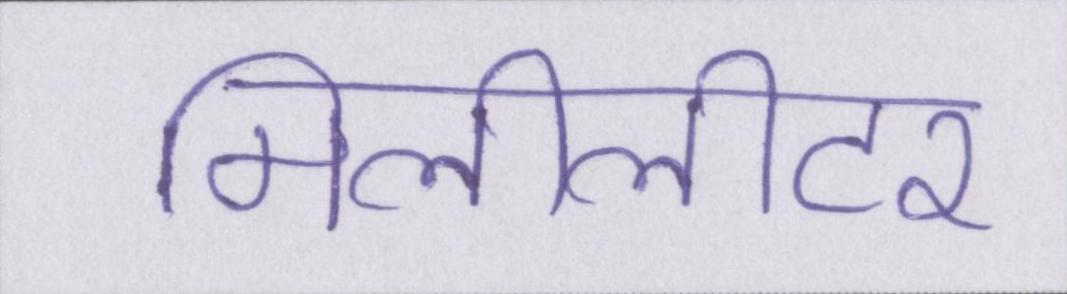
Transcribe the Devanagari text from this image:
मिलीलीटर